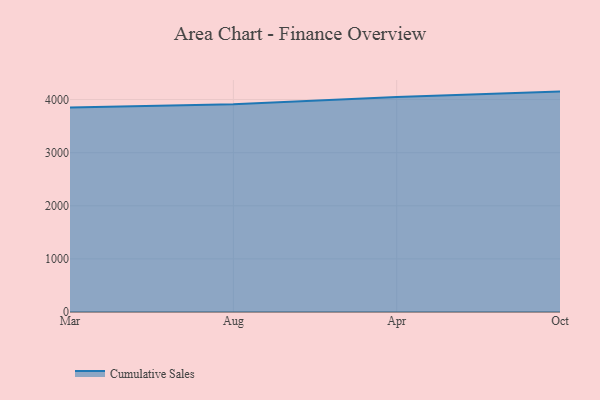
{"axis": {"x": "Month", "y": "Humidity (%)"}, "legend": ["Cumulative Sales"], "data": [{"x": "Mar", "y": 3850.2, "type": "Cumulative Sales"}, {"x": "Aug", "y": 3909.8, "type": "Cumulative Sales"}, {"x": "Apr", "y": 4049.6, "type": "Cumulative Sales"}, {"x": "Oct", "y": 4149.6, "type": "Cumulative Sales"}]}